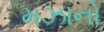
મઝાનો